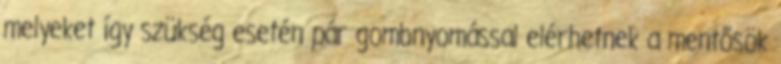
melyeket így szükség esetén pár gombnyomással elérhetnek a mentősök